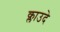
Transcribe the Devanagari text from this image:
क्लाउदे